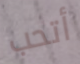
أتحب